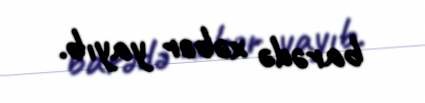
barədə xəbər yayıb.